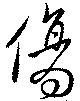
傷